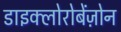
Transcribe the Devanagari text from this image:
डाइक्लोरोबेंज़ोन